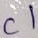
Text: C1